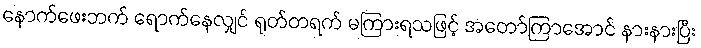
နောက်ဖေးဘက် ရောက်နေလျှင် ရုတ်တရက် မကြားရသဖြင့် အတော်ကြာအောင် နားနားပြီး